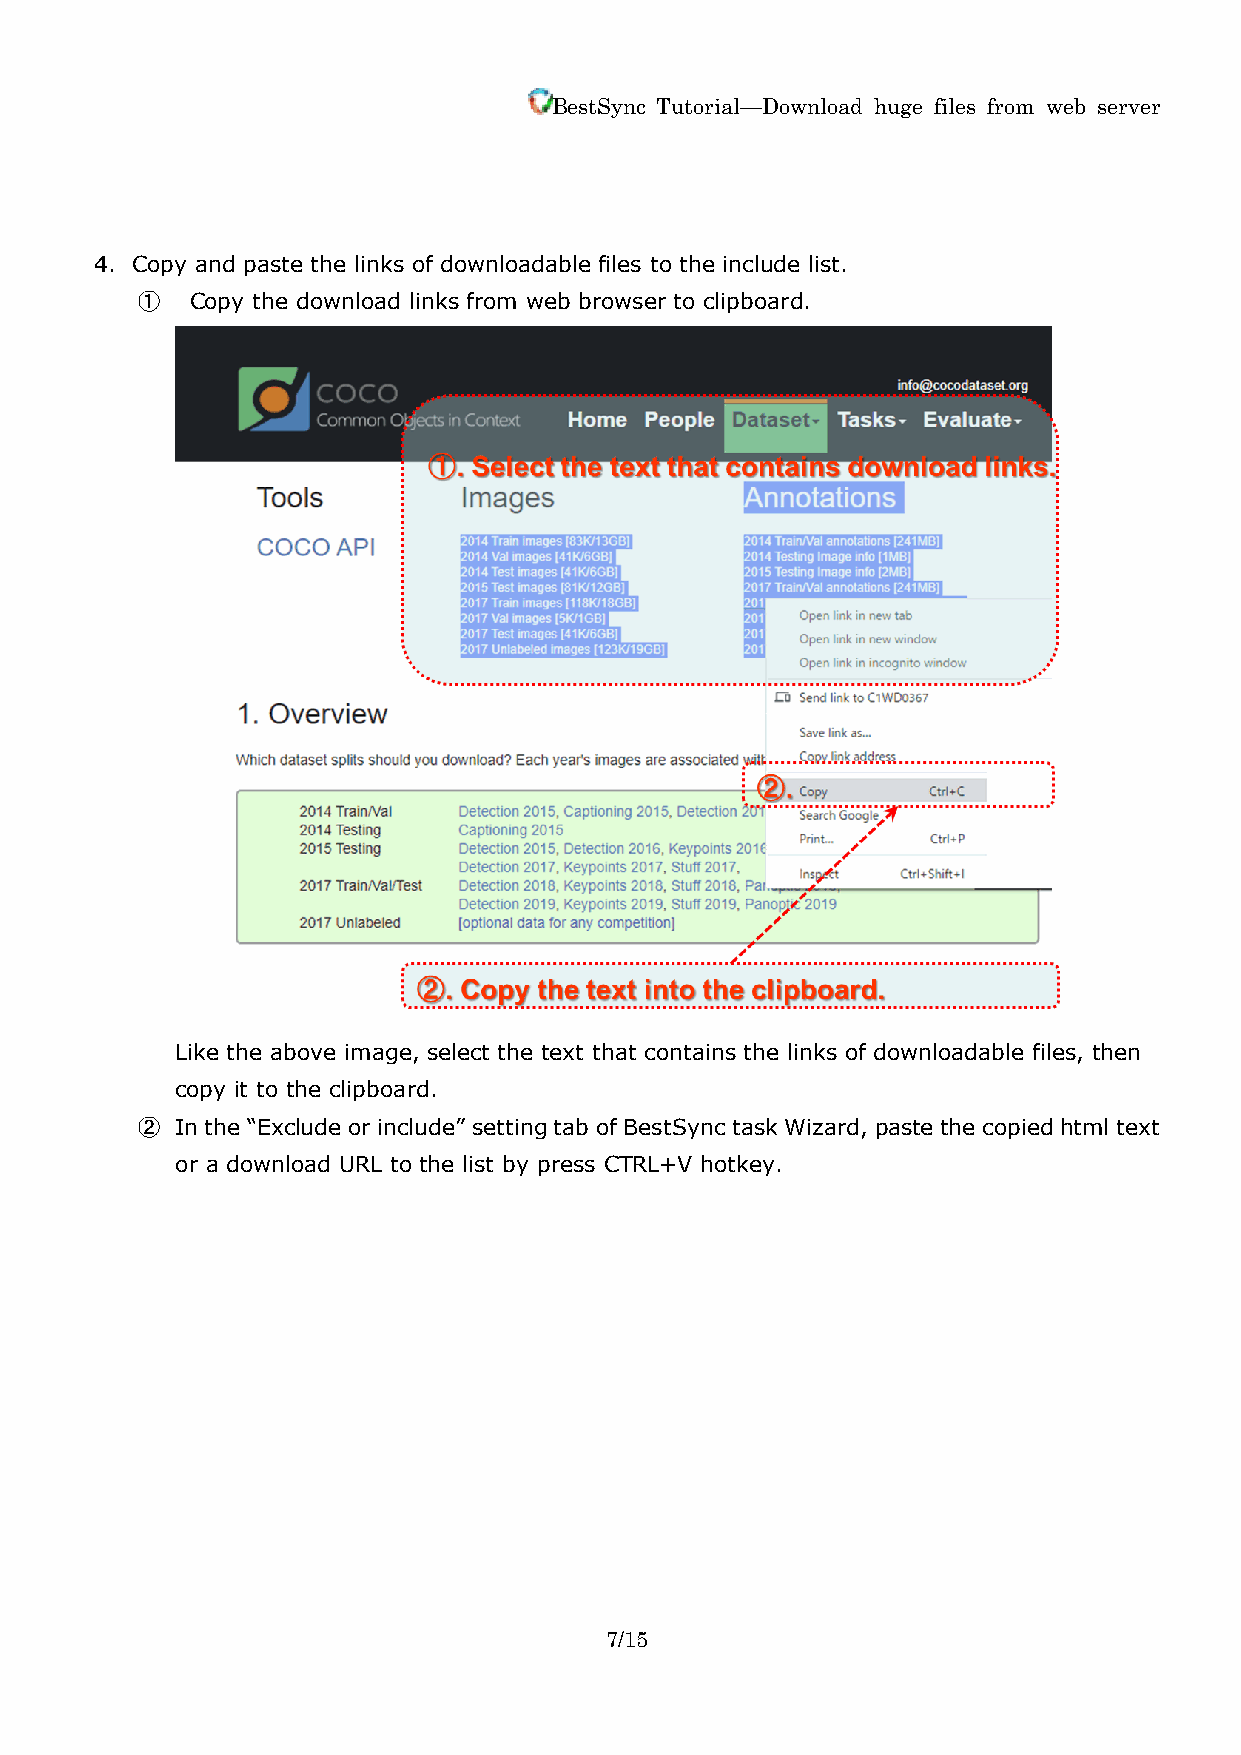
BestSync Tutorial—Download huge files from web server
 4. Copy and paste the links of downloadable files to the include list.
 ①   Copy the download links from web browser to clipboard.
 Like the above image, select the text that contains the links of downloadable files, then
 copy it to the clipboard.
 ②  In the “Exclude or include” setting tab of BestSync task Wizard, paste the copied html text
 or a download URL to the list by press CTRL+V hotkey.
 7/15